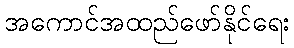
အကောင်အထည်ဖော်နိုင်ရေး